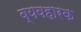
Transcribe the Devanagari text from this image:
व्यवहारक